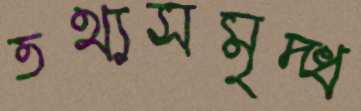
তথ্যসমৃদ্ধ